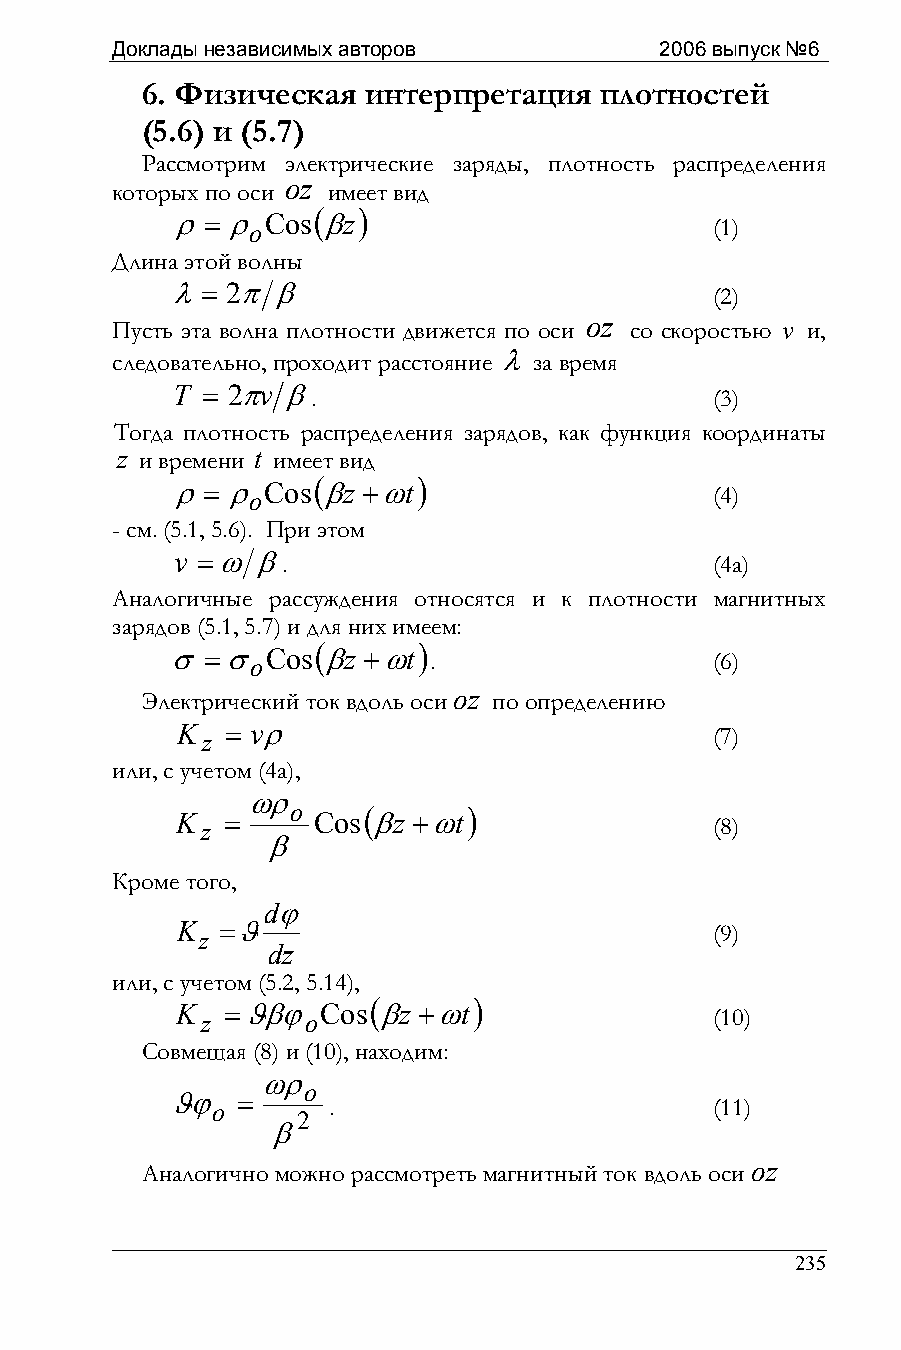
Доклады независимых авторов          2006 выпуск №6
 6. Физическая  интерпретация   плотностей
 (5.6) и (5.7)
 Рассмотрим электрические заряды, плотность распределения
 oz
 которых по оси имеет вид
 (  )
 ρ=  ρ oCos βz                       (1)
 Длина этой волны
 λ=  2π β                            (2)
 Пусть эта волна плотности движется по оси oz со скоростью v и,
 следовательно, проходит расстояние λ за время
 T = 2πv β.                          (3)
 Тогда плотность распределения зарядов, как функция координаты
 z и времени t имеет вид
 (      )
 ρ=  ρ oCos βz +ωt                   (4)
 - см. (5.1, 5.6). При этом
 v =ωβ.                             (4а)
 Аналогичные рассуждения относятся и к плотности магнитных
 зарядов (5.1, 5.7) и для них имеем:
 (      )
 σ=σ   oCos βz +ωt .                 (6)
 Электрический ток вдоль оси оz по определению
 K z = vρ                           (7)
 или, с учетом (4а),
 ωρ
 o    (      )
 K  =     Cos βz +ωt
 z                                 (8)
 β
 Кроме того,
 dϕ
 K z =ϑ                             (9)
 dz
 или, с учетом (5.2, 5.14),
 (      )
 K z =ϑβϕ oCos βz +ωt               (10)
 Совмещая (8) и (10), находим:
 ωρ
 o
 ϑϕ   =
 o       .                        (11)
 2
 β
 Аналогично можно рассмотреть магнитный ток вдоль оси оz
 235